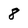
Character: 8